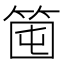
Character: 𥭒